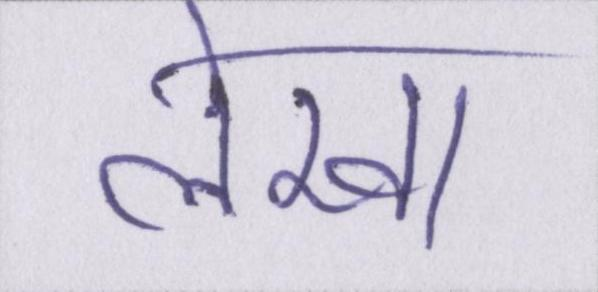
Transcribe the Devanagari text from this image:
लेखा